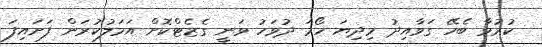
ކުރުމާ ބެހޭ ގަވާއިދު މިދިޔަ ހޯމަ ދުވަހު ވަނީ ގެޒެޓްކޮށް އަމަލުކުރަން ފަށައިފަ